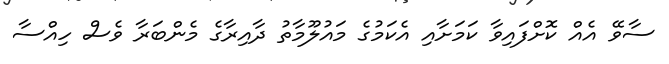
ސާވޭ އެއް ކޮށްފައިވާ ކަމަށާއި އެކަމުގެ މައުލޫމާތު ދާއިރާގެ މެންބަރާ ވެސް ހިއްސާ